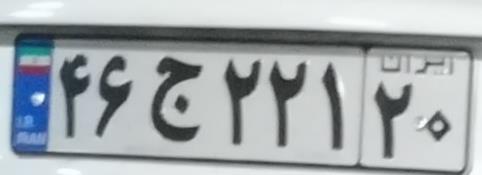
۴۶ج۲۲۱۲۰